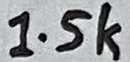
Text: 1.5k